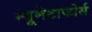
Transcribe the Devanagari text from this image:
न्यूमेटाफोर्स